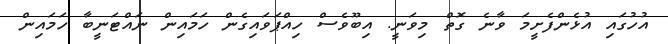
އުހުގައި އުޅެންފެށީމަ ވާނެ ގޮތް މިވަނީ. އިބޫވެސް ހިއްޕަވައިގެން ހަމައިން ނައްޓަނީބާ ހަމައިން